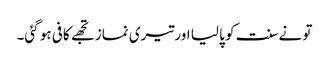
تو نےسنت کو پا لیا اور تیری نماز تجھے کافی ہو گئی۔